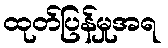
ထုတ်ပြန်မှုအရ